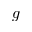
g